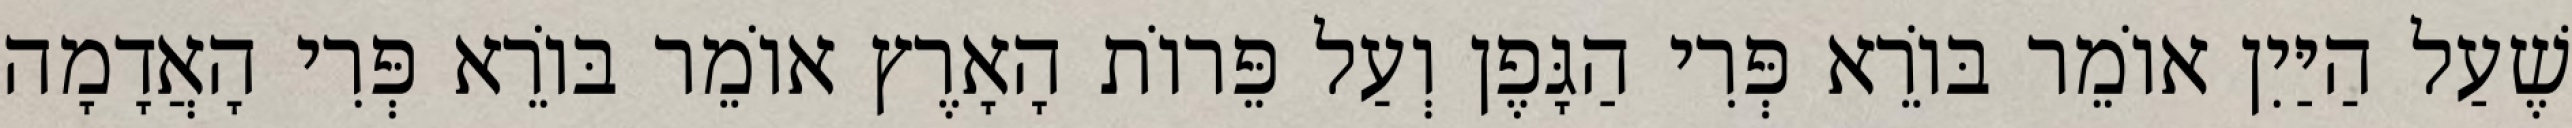
שֶׁעַל הַיַּיִן אוֹמֵר בּוֹרֵא פְּרִי הַגָּפֶן וְעַל פֵּרוֹת הָאָרֶץ אוֹמֵר בּוֹרֵא פְּרִי הָאֲדָמָה